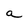
Character: a